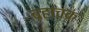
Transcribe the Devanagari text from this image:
ब्रहाचक्र